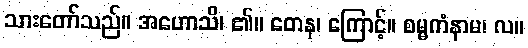
သားတော်သည်။ အဟောသိ၊ ၏။ တေန၊ ကြောင့်။ စမ္မကံနာမ၊ လ။